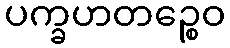
ပက္ခဟတဉ္စေဝ